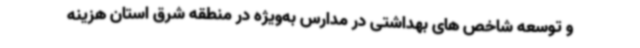
و توسعه شاخص های بهداشتی در مدارس به‌ویژه در منطقه شرق استان هزینه